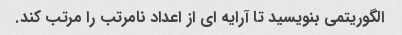
الگوریتمی بنویسید تا آرایه ای از اعداد نامرتب را مرتب کند.